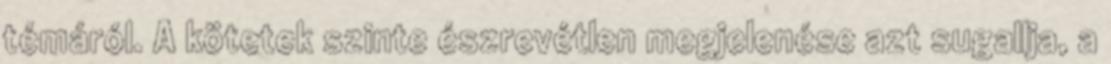
témáról. A kötetek szinte észrevétlen megjelenése azt sugallja, a